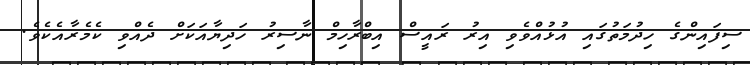
ސިފައިންގެ ހިދުމަތުގައި އުޅުއްވެވި އިރު ރައީސް އިބްރާހިމް ނާސިރު ހަދިޔާއަކަށް ދެއްްވި ކެމެރާއެކެވެ.